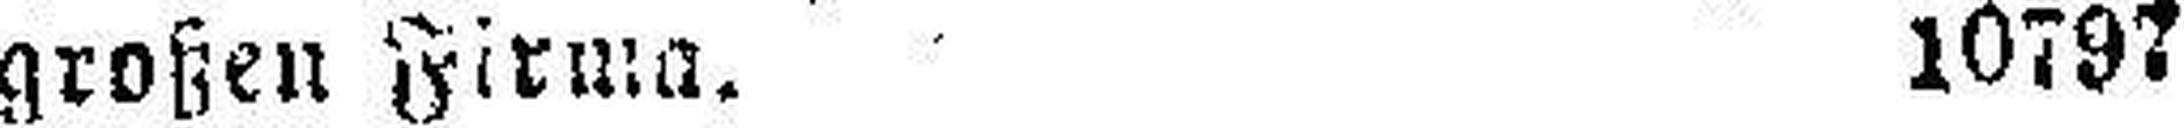
großen Firma. 10797